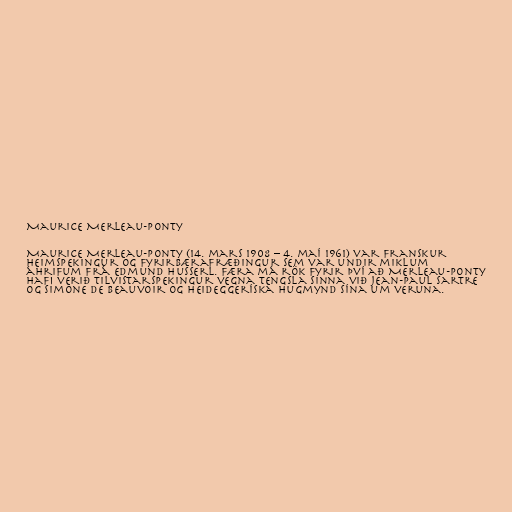
Maurice Merleau-Ponty

Maurice Merleau-Ponty (14. mars 1908 – 4. maí 1961) var franskur
heimspekingur og fyrirbærafræðingur sem var undir miklum
áhrifum frá Edmund Husserl. Færa má rök fyrir því að Merleau-Ponty
hafi verið tilvistarspekingur vegna tengsla sinna við Jean-Paul Sartre
og Simone de Beauvoir og heideggeríska hugmynd sína um veruna.